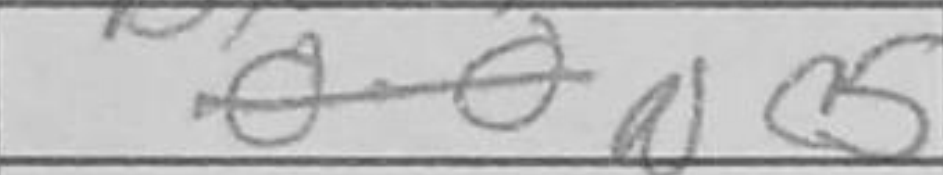
Transcription: Nc5